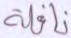
نافلة